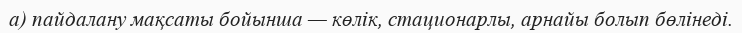
а) пайдалану мақсаты бойынша — көлік, стационарлы, арнайы болып бөлінеді.